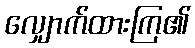
လျှောက်ထားကြ၏